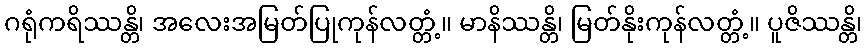
ဂရုံကရိဿန္တိ၊ အလေးအမြတ်ပြုကုန်လတ္တံ့။ မာနိဿန္တိ၊ မြတ်နိုးကုန်လတ္တံ့။ ပူဇိဿန္တိ၊